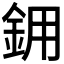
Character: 𬫉